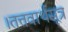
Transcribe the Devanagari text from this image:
।तत्तवार्थसूत्र